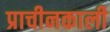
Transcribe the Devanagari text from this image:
प्राचीनकाली